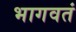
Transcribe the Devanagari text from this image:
भागवतं